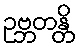
ဥဗ္ဘတန္တိ